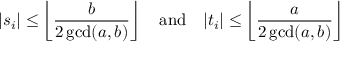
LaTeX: | s _ { i } | \leq \left\lfloor { \frac { b } { 2 \operatorname* { g c d } ( a , b ) } } \right\rfloor \quad { \mathrm { a n d } } \quad | t _ { i } | \leq \left\lfloor { \frac { a } { 2 \operatorname* { g c d } ( a , b ) } } \right\rfloor